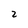
Character: 2